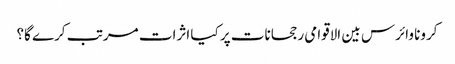
کرونا وائرس بین الاقوامی رجحانات پر کیا اثرات مرتب کرے گا؟